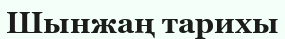
Шынжаң тарихы